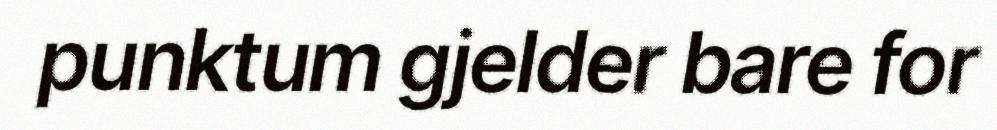
punktum gjelder bare for